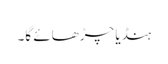
ہنڈیا چڑھائے گا۔